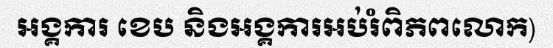
អង្គការ ខេប និងអង្គការអប់រំពិភពលោក)